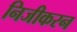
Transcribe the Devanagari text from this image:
निजीकरन